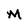
Character: M